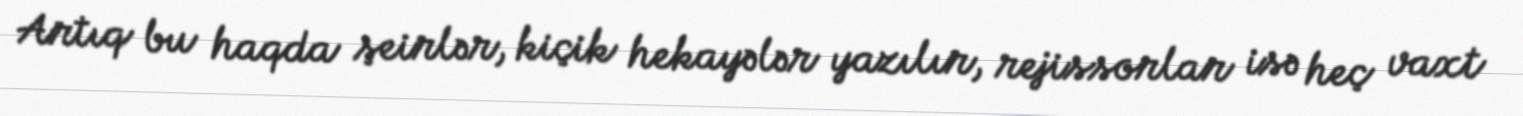
Artıq bu haqda şeirlər, kiçik hekayələr yazılır, rejissorlar isə heç vaxt